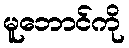
မူဘောင်ကို